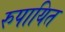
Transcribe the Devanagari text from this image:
रुपायित